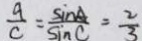
\frac { a } { c } = \frac { \sin A } { \sin C } = \frac { 2 } { 3 }